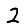
Digit: 2